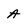
Character: A